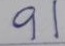
91